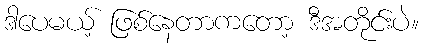
ဒါပေမယ့် ဖြစ်နေတာကတော့ ဒီအတိုင်းပဲ။